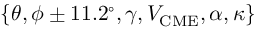
\{ \theta , \phi \pm 1 1 . 2 ^ { \circ } , \gamma , V _ { \mathrm { C M E } } , \alpha , \kappa \}